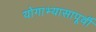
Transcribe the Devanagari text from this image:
योगाभ्यासापूर्वी